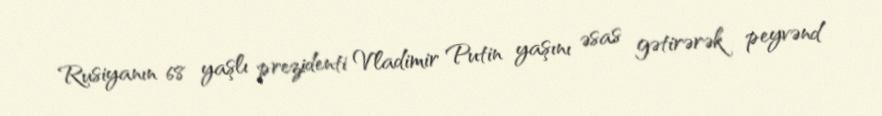
Rusiyanın 68 yaşlı prezidenti Vladimir Putin yaşını əsas gətirərək peyvənd